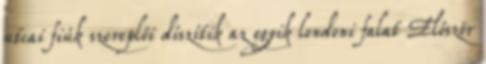
utcai fiúk szereplői díszítik az egyik londoni falat Először